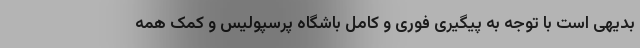
بدیهی است با توجه به پیگیری فوری و کامل باشگاه پرسپولیس و کمک همه